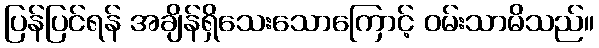
ပြန်ပြင်ရန် အချိန်ရှိသေးသောကြောင့် ဝမ်းသာမိသည်။